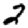
Digit: 2